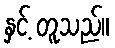
နှင့် တူသည်။